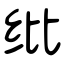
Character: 纰